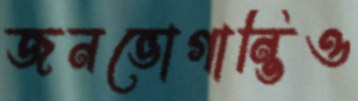
জনভোগান্তিও